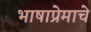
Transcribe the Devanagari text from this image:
भाषाप्रेमाचे